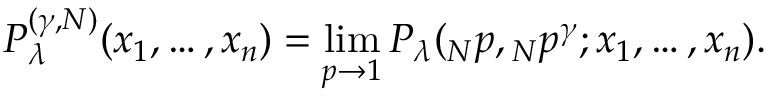
P _ { \lambda } ^ { ( \gamma , N ) } ( x _ { 1 } , \dots , x _ { n } ) = \operatorname * { l i m } _ { p \rightarrow 1 } P _ { \lambda } ( \o _ { N } p , \o _ { N } p ^ { \gamma } ; x _ { 1 } , \dots , x _ { n } ) .